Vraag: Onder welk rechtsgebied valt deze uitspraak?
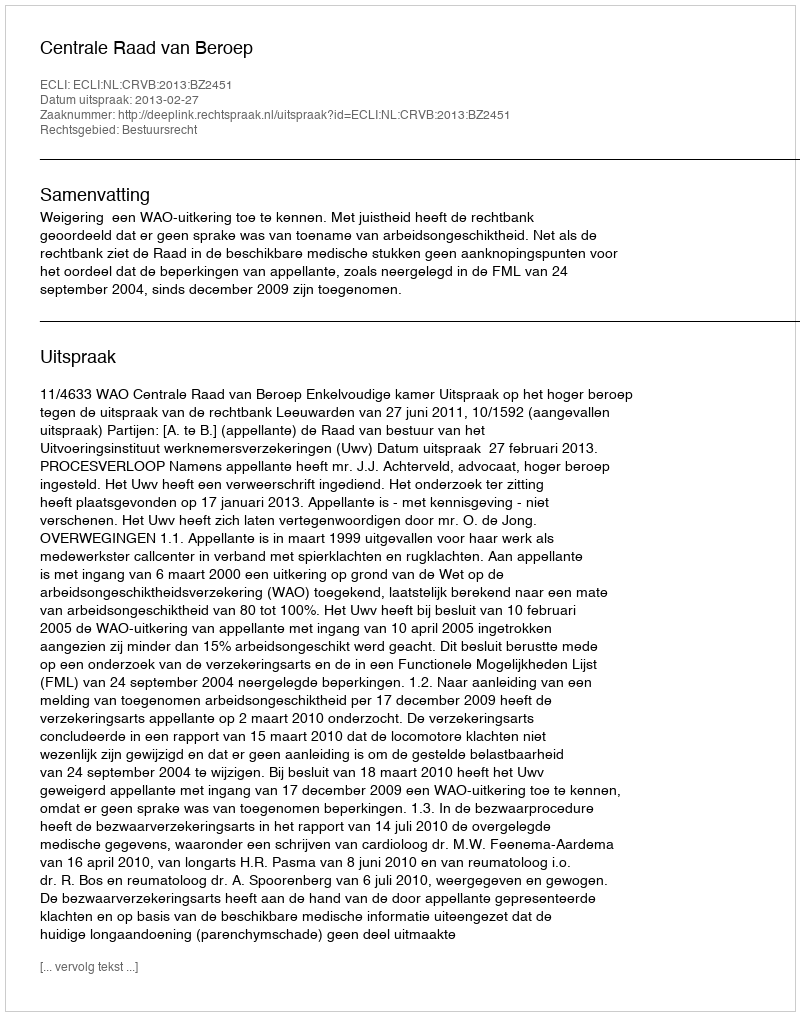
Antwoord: Bestuursrecht